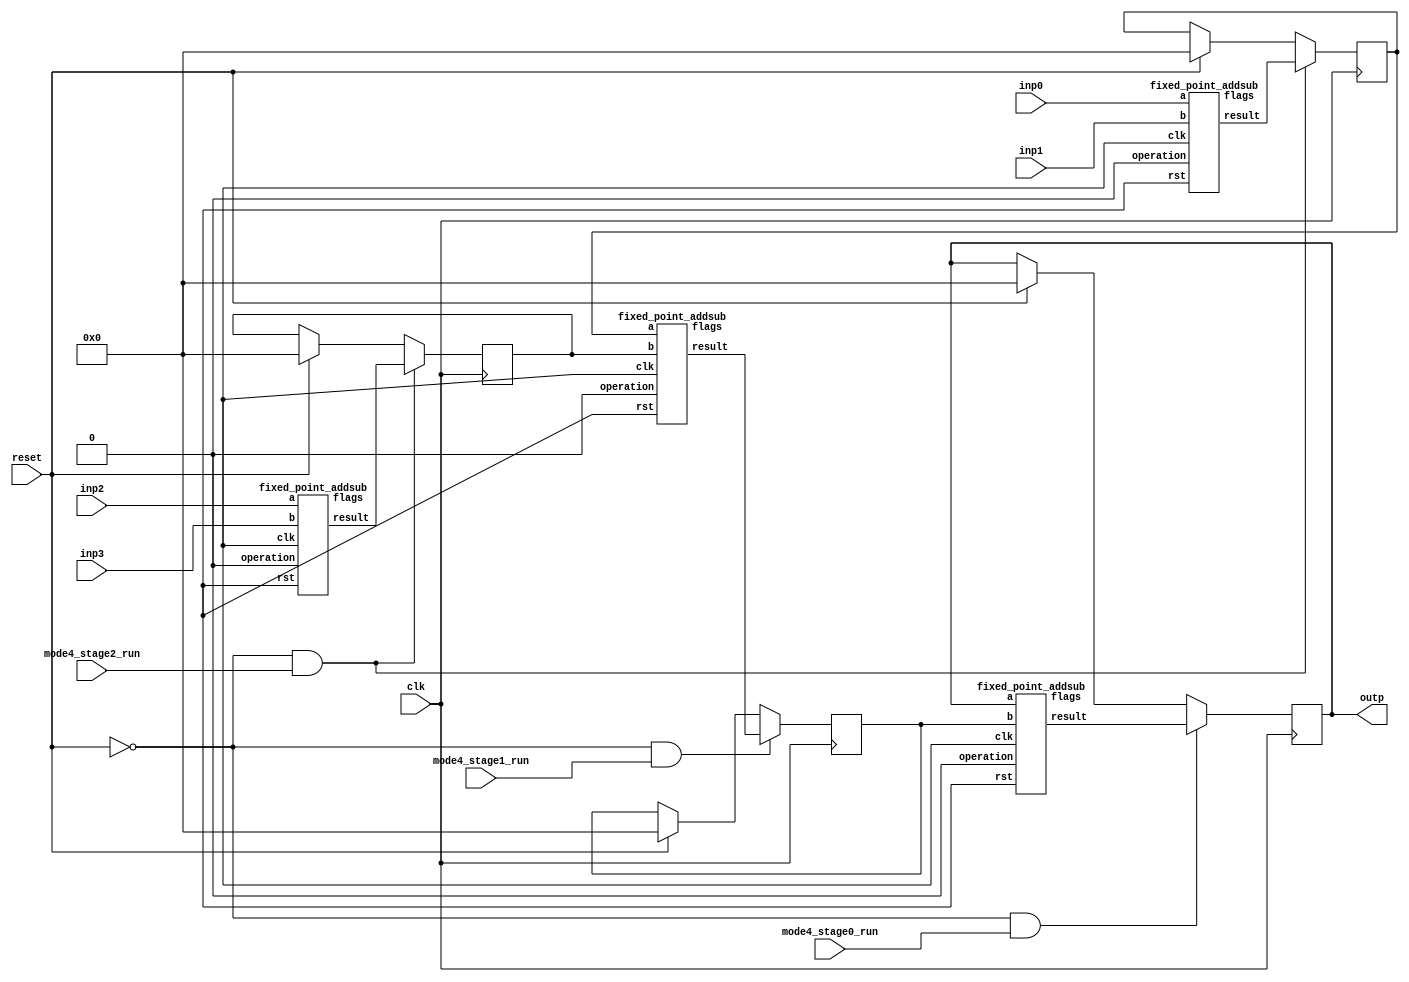
`define SIMULATION_MEMORY
//`define SIMULATION_addfp
`define VECTOR_DEPTH 64 //Q,K,V vector size
`define DATA_WIDTH 16
`define VECTOR_BITS 1024 // 16 bit each (16x64)
`define NUM_WORDS 32   //num of words in the sentence
`define BUF_AWIDTH 4 //16 entries in each buffer ram
`define BUF_LOC_SIZE 4 //4 words in each addr location
`define OUT_RAM_DEPTH 512 //512 entries in output bram
`define EXPONENT 8
`define MANTISSA 7
`define EXPONENT 5
`define MANTISSA 10
`define SIGN 1
`define DWIDTH (`SIGN+`EXPONENT+`MANTISSA)
`define DEFINES_DONE
`define DATAWIDTH (`SIGN+`EXPONENT+`MANTISSA)
`define IEEE_COMPLIANCE 1
`define NUM 4
`define ADDRSIZE 4

module mode4_adder_tree(
  inp0, 
  inp1, 
  inp2, 
  inp3, 
  mode4_stage0_run,
  mode4_stage1_run,
  mode4_stage2_run,

  clk,
  reset,
  outp
);

  input clk;
  input reset;
  input  [`DATAWIDTH-1 : 0] inp0; 
  input  [`DATAWIDTH-1 : 0] inp1; 
  input  [`DATAWIDTH-1 : 0] inp2; 
  input  [`DATAWIDTH-1 : 0] inp3; 
  output [`DATAWIDTH-1 : 0] outp;
  input mode4_stage0_run;
  input mode4_stage1_run;
  input mode4_stage2_run;

  wire   [`DATAWIDTH-1 : 0] add0_out_stage2;
  reg    [`DATAWIDTH-1 : 0] add0_out_stage2_reg;
  wire   [`DATAWIDTH-1 : 0] add1_out_stage2;
  reg    [`DATAWIDTH-1 : 0] add1_out_stage2_reg;

  wire   [`DATAWIDTH-1 : 0] add0_out_stage1;
  reg    [`DATAWIDTH-1 : 0] add0_out_stage1_reg;

  wire   [`DATAWIDTH-1 : 0] add0_out_stage0;
  reg    [`DATAWIDTH-1 : 0] outp;
/*
  always @(posedge clk) begin
    if (reset) begin
      outp <= 0;
      add0_out_stage2_reg <= 0;
      add1_out_stage2_reg <= 0;
      add0_out_stage1_reg <= 0;
    end

    if(~reset && mode4_stage2_run) begin
      add0_out_stage2_reg <= add0_out_stage2;
      add1_out_stage2_reg <= add1_out_stage2;
    end

    if(~reset && mode4_stage1_run) begin
      add0_out_stage1_reg <= add0_out_stage1;
    end

    if(~reset && mode4_stage0_run) begin
      outp <= add0_out_stage0;
    end
  end
*/
always @ (posedge clk) begin
	if(~reset && mode4_stage2_run) begin
      add0_out_stage2_reg <= add0_out_stage2;
      add1_out_stage2_reg <= add1_out_stage2;
    end
	
	else if (reset) begin
		add0_out_stage2_reg <= 0;
		add1_out_stage2_reg <= 0;
	end
end		

always @ (posedge clk) begin
	if(~reset && mode4_stage1_run) begin
      add0_out_stage1_reg <= add0_out_stage1;
    end
	else if (reset) begin
	add0_out_stage1_reg <= 0;
	end
end

always @ (posedge clk) begin
	if(~reset && mode4_stage0_run) begin
		outp <= add0_out_stage0;
    end
	else if (reset) begin
		outp <= 0;
	end
end	
		
	
  wire clk_NC;
  wire rst_NC;
  wire [4:0] flags_NC0, flags_NC1, flags_NC2, flags_NC3;

  // 0 add, 1 sub
  fixed_point_addsub add0_stage2(.clk(clk_NC), .rst(rst_NC), .a(inp0),	.b(inp1), .operation(1'b0),	.result(add0_out_stage2), .flags(flags_NC0));
  fixed_point_addsub add1_stage2(.clk(clk_NC), .rst(rst_NC), .a(inp2),	.b(inp3), .operation(1'b0),	.result(add1_out_stage2), .flags(flags_NC1));
  fixed_point_addsub add0_stage1(.clk(clk_NC), .rst(rst_NC), .a(add0_out_stage2_reg),	.b(add1_out_stage2_reg), .operation(1'b0),	.result(add0_out_stage1), .flags(flags_NC2));
  fixed_point_addsub add0_stage0(.clk(clk_NC), .rst(rst_NC), .a(outp),	.b(add0_out_stage1_reg), .operation(1'b0),	.result(add0_out_stage0), .flags(flags_NC3));

  //DW_fp_add #(`MANTISSA, `EXPONENT, `IEEE_COMPLIANCE) add0_stage2(.a(inp0),       .b(inp1),      .z(add0_out_stage2), .rnd(3'b000),    .status());
  //DW_fp_add #(`MANTISSA, `EXPONENT, `IEEE_COMPLIANCE) add1_stage2(.a(inp2),       .b(inp3),      .z(add1_out_stage2), .rnd(3'b000),    .status());

  //DW_fp_add #(`MANTISSA, `EXPONENT, `IEEE_COMPLIANCE) add0_stage1(.a(add0_out_stage2_reg),       .b(add1_out_stage2_reg),      .z(add0_out_stage1), .rnd(3'b000),    .status());

  //DW_fp_add #(`MANTISSA, `EXPONENT, `IEEE_COMPLIANCE) add0_stage0(.a(outp),       .b(add0_out_stage1_reg),      .z(add0_out_stage0), .rnd(3'b000),    .status());

endmodule

module fixed_point_addsub(
		clk,
		rst,
		a,
		b,
		operation,			// 0 add, 1 sub
		result,
		flags
	);
	
	// Clock and reset
	input clk ;										// Clock signal
	input rst ;										// Reset (active high, resets pipeline registers)
	
	// Input ports
  input [`DATAWIDTH-1:0] a ;								// Input A, a 32-bit floating point number
  input [`DATAWIDTH-1:0] b ;								// Input B, a 32-bit floating point number
	input operation ;								// Operation select signal
	
	// Output ports
  output reg [`DATAWIDTH-1:0] result ;						// Result of the operation
	output [4:0] flags ;							// Flags indicating exceptions according to IEEE754
	
  reg [`DATAWIDTH:0] result_t ;
  wire [`DATAWIDTH-1:0] b_t ;
	
	assign b_t = ~b + 1;
	
	always@(*) begin
      if (operation == 1'b0) begin
			result_t = a + b;
		end
		else begin
			result_t = a + b_t;
		end
	end

	
	always @ (*) begin	
		if (result_t[16] == 1'b1 && operation == 1'b0) begin
			result = 16'h7000;
		end
		else if (result_t[16] == 1'b1 && operation == 1'b1) begin
			result = 16'h8000;
		end
		else begin
			result = result_t[15:0];
		end
	end
	// Pipeline Registers
	//reg [79:0] pipe_1;							// Pipeline register PreAlign->Align1
	
	
endmodule